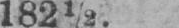
182½.